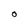
Character: O